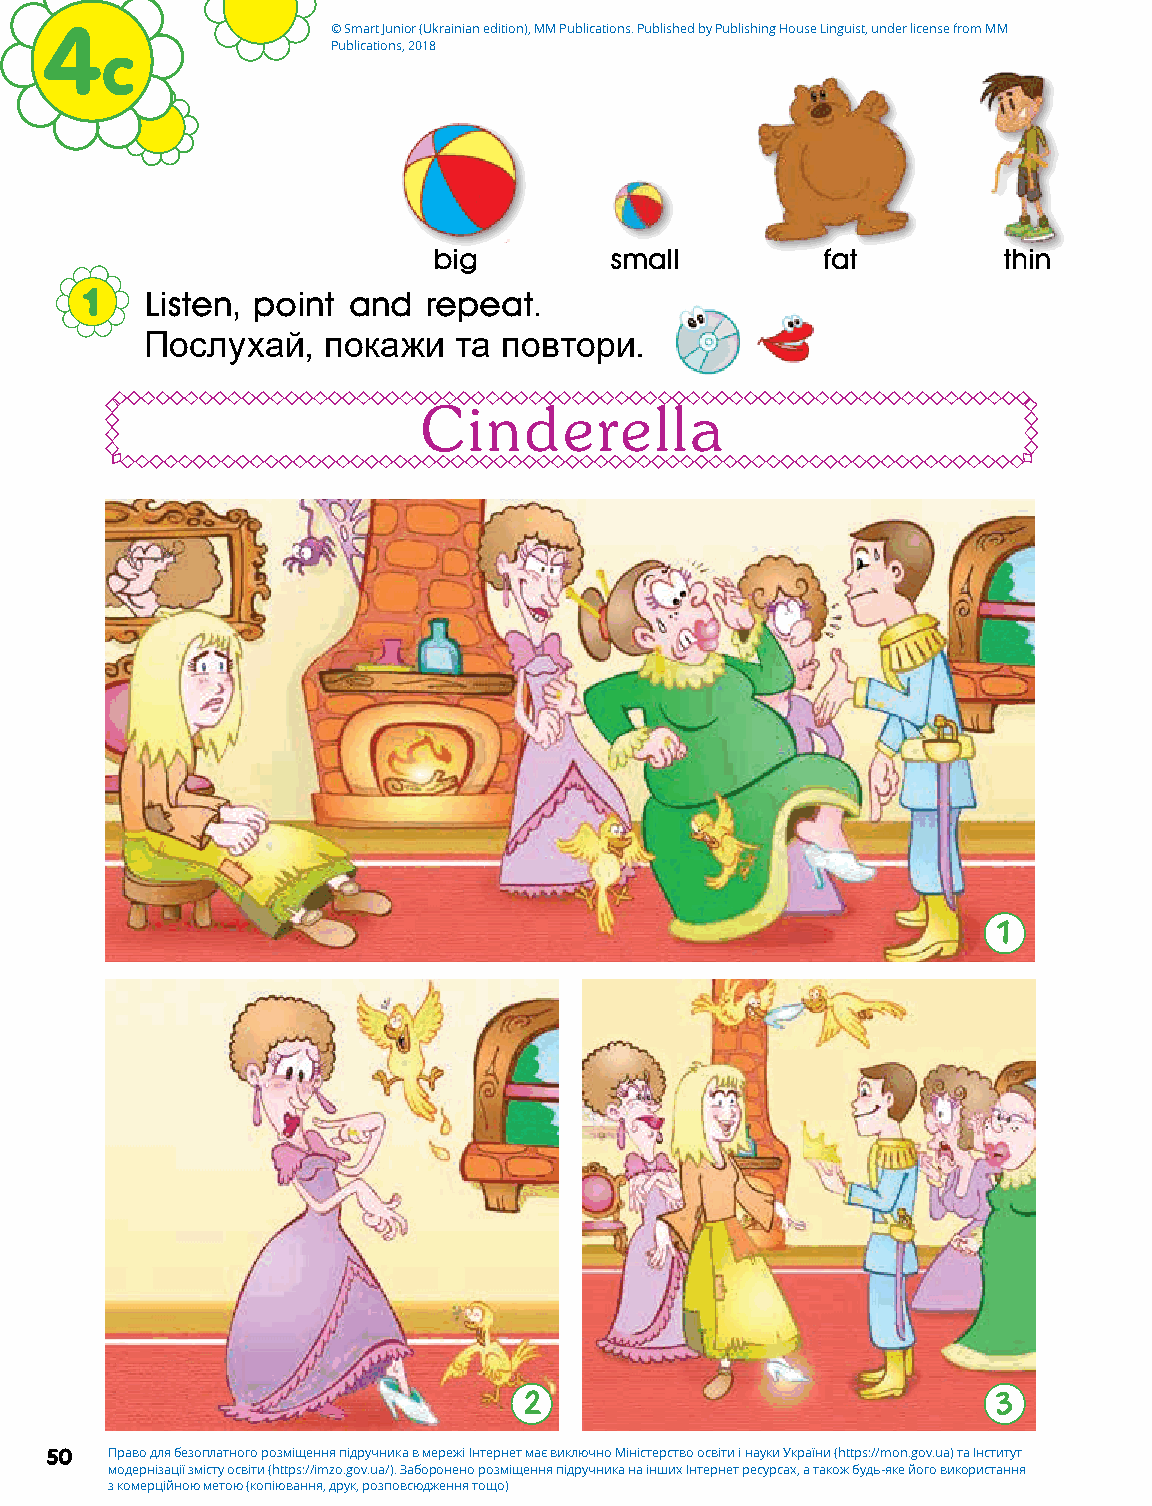
4                  © Smart Junior (Ukrainian edition), MM Publications. Published by Publishing House Linguist, under license from MM
 c              Publications, 2018
 big        small         fat         thin
 1    Listen, point and repeat.
 Послухай,  покажи   та повтори.
 Cinderella
 1
 2                              3
 50  Право для безоплатного розміщення підручника в мережі Інтернет має виключно Міністерство освіти і науки України (https://mon.gov.ua) та Інститут
 модернізації змісту освіти (https://imzo.gov.ua/). Заборонено розміщення підручника на інших Інтернет ресурсах, а також будь-яке його використання
 з комерційною метою (копіювання, друк, розповсюдження тощо)